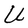
Character: U